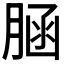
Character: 𦜆